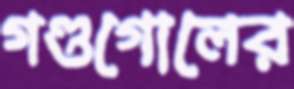
গণ্ডগোলের